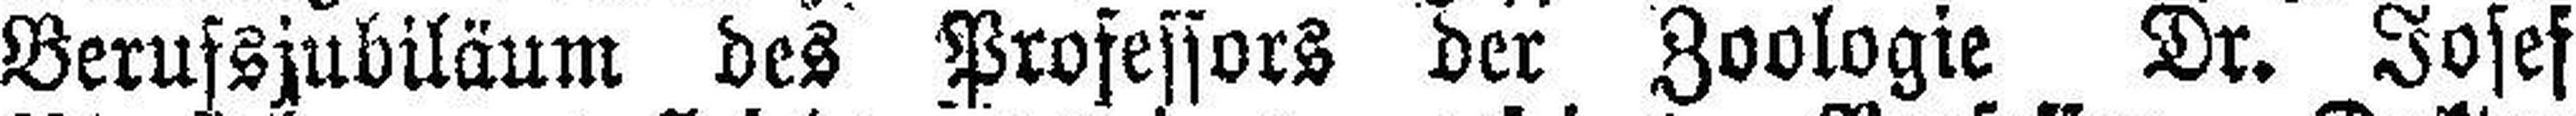
Berufsjubiläum des Professors der Zoologie Dr. Josef